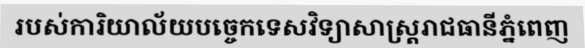
របស់ការិយាល័យបច្ចេកទេសវិទ្យាសាស្ត្ររាជធានីភ្នំពេញ